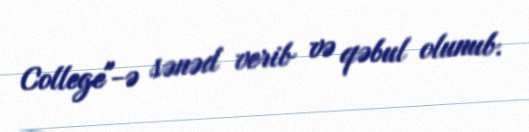
College"-ə sənəd verib və qəbul olunub.